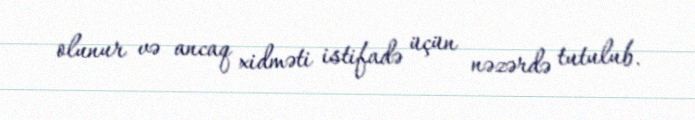
olunur və ancaq xidməti istifadə üçün nəzərdə tutulub.